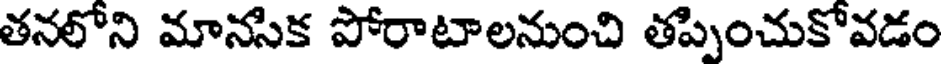
తనలోని మానసిక పోరాటాలనుంచి తప్పించుకోవడం